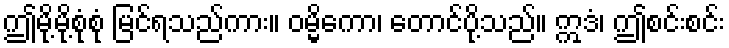
ဤမို့မို့စုံစုံ မြင်ရသည်ကား။ ဝမ္မိကော၊ တောင်ပို့သည်။ ဣဒံ၊ ဤစင်းစင်း